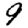
Digit: 9